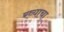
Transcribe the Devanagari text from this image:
रव्याचा